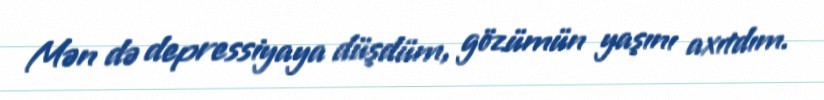
Mən də depressiyaya düşdüm, gözümün yaşını axıtdım.